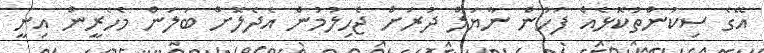
އޭގެ ސިކުންތުކޮޅެއް ފަހުން ނާޔަލް ދުރަށް ޖެހިލުމުން އެދެލޮަށް ބަލަން މެހެރީން އިނީ